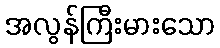
အလွန်ကြီးမားသော